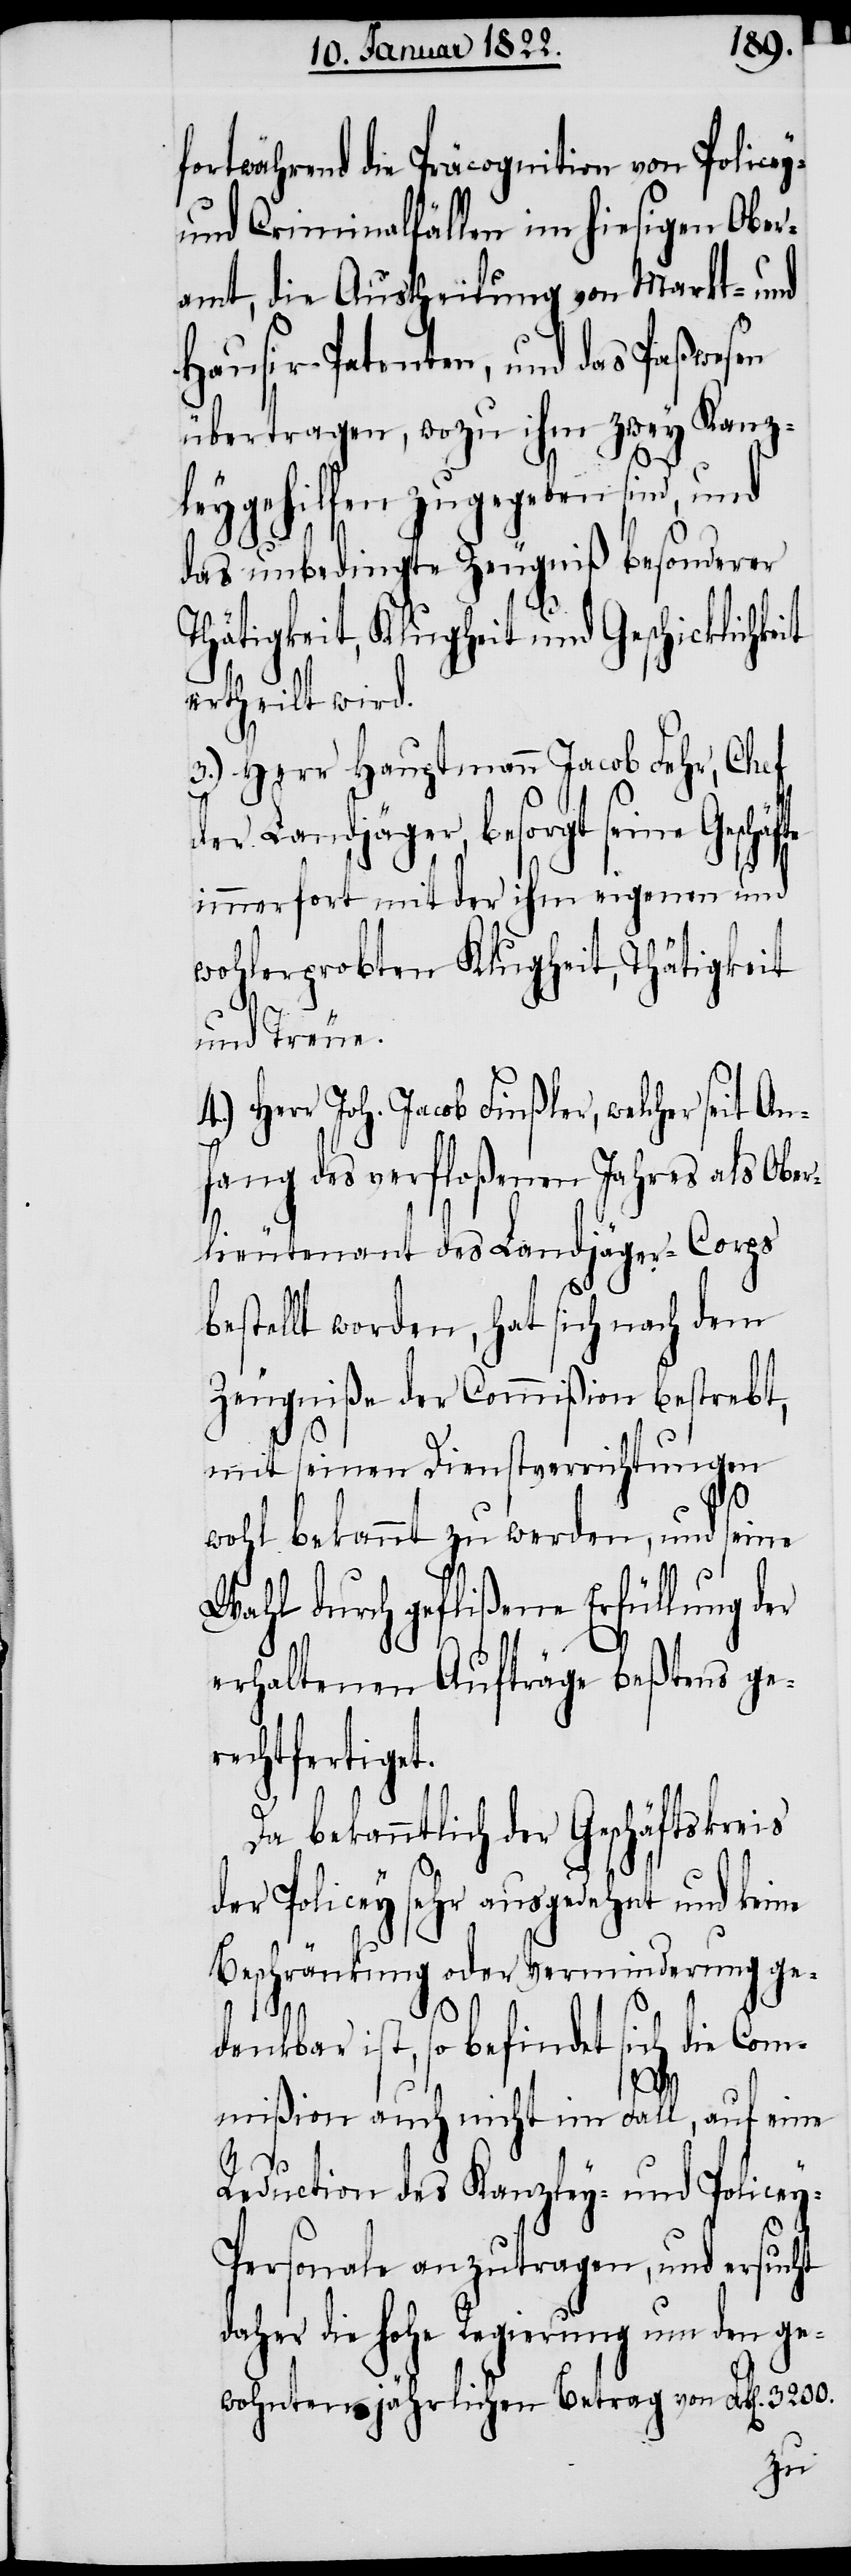
fortwährend die Präcognition von Policey-
und Criminalfällen im hiesigen Ober¬
amt, die Austheilung von Markt- und
Hausir-Patenten, und das Paßwesen
übertragen, wozu ihm zwey Kanz¬
y-P¬
leygehilfen zugegeben sind, und
das unbedingte Zeugniß besonderer
Thätigkeit, Klugheit und Geschicklichke¬
ertheilt wird.
3.) Herr Hauptmann Jacob Fehr, Chef
der Landjäger, besorgt seine
immerfort mit der ihm eigenen und
wohlerprobten Klugheit, Thätigkeit
und Treue.
4.) Herr Joh. Jacob Finßler, welcher seit An¬
fang des verfloßenen Jahres als Ober¬
lieutenant des Landjäger-Corps
estellt worden, hat sich nach dem
Zeugniße der Commißion bestrebt,
mit seinen Dienstverrichtungen
wohl bekannt zu werden, und seine
Wahl durch geflißene Erfüllung der
erhaltenen Aufträge beßtens ge¬
rechtfertigt.
Da bekanntlich der Geschäftskreis
der Policey sehr ausgedehnt und keine
Beschränkung oder Verminderung ge¬
denkbar ist, so befindet sich die Com¬
mißion auch nicht im Fall, auf eine
Reduction des Kanzley- und Police¬
ersonale anzutragen, und ersucht
daher die Hohe Regierung um den ge¬
wohnten jährlichen Beytrag von Frk[en]. 3200.